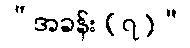
“အခန်း (၇)”